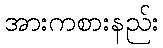
အားကစားနည်း